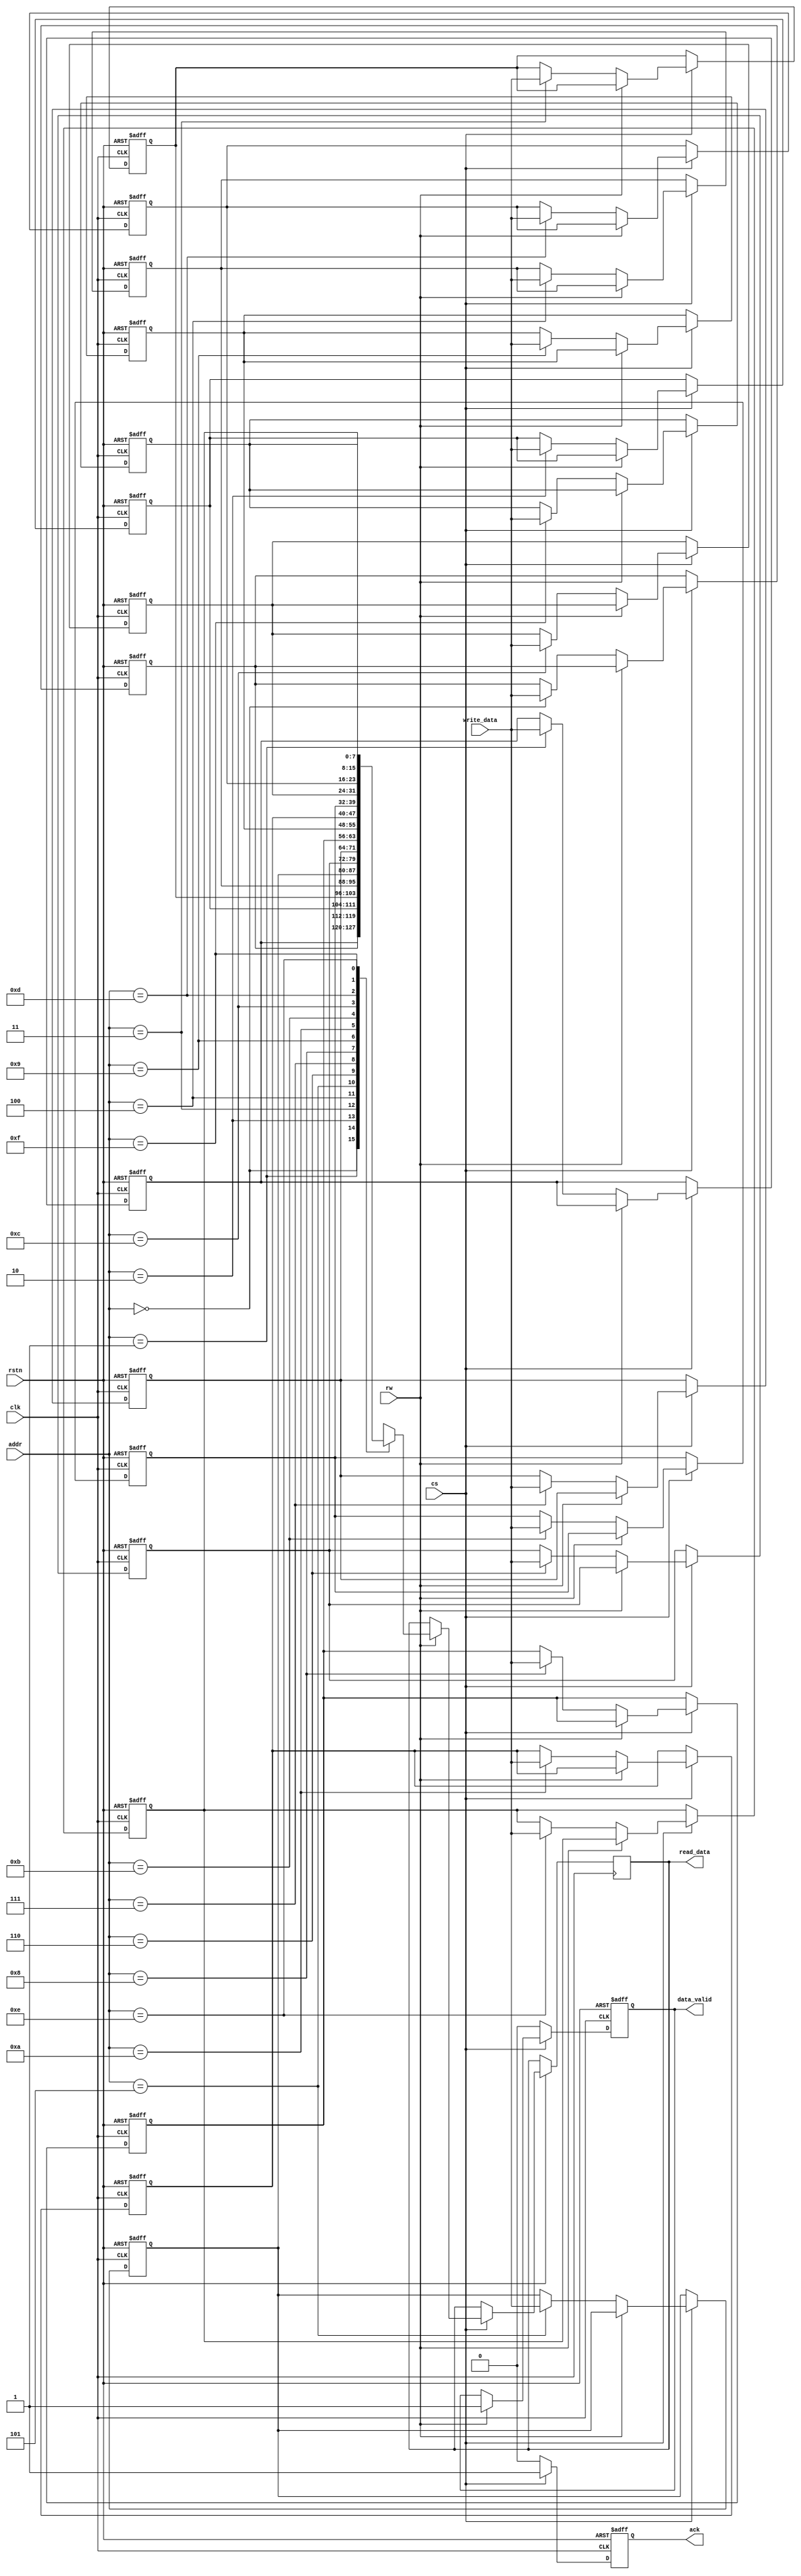
module SharedMemory #(
    parameter ADDR_WIDTH = 4,  // Number of address bits (2^ADDR_WIDTH locations)
    parameter DATA_WIDTH = 8    // Width of data (in bits)
) (
    input wire clk,               // Clock signal
    input wire rstn,             // Active-low reset signal
    input wire [ADDR_WIDTH-1:0] addr,  // Address bus
    input wire [DATA_WIDTH-1:0] write_data, // Data bus for writing
    input wire rw,               // Read/Write enable (1 = read, 0 = write)
    input wire cs,               // Chip Select
    output reg [DATA_WIDTH-1:0] read_data, // Data bus for reading
    output reg data_valid,       // Data valid signal
    output reg ack               // Acknowledgment signal
);

    // Memory array
    reg [DATA_WIDTH-1:0] memory [(1 << ADDR_WIDTH) - 1:0];
    
    // Arbitration control
    reg [3:0] request; // You can specify the number of I/O blocks
    reg [3:0] grant;   // Grant line for round-robin arbitration

    // Reset logic for memory initialization
    integer i;
    always @(posedge clk or negedge rstn) begin
        if (!rstn) begin
            // Initialize memory to zero on reset
            for (i = 0; i < (1 << ADDR_WIDTH); i = i + 1) begin
                memory[i] <= {DATA_WIDTH{1'b0}};
            end
            data_valid <= 1'b0;
            ack <= 1'b0;
        end else begin
            // Reset acknowledgment
            ack <= 1'b0;

            // Check Chip Select and perform read/write operations
            if (cs) begin
                if (!rw) begin
                    // Write operation
                    memory[addr] <= write_data;
                    ack <= 1'b1; // Acknowledge write
                end else begin
                    // Read operation
                    read_data <= memory[addr];
                    data_valid <= 1'b1; // Data is valid
                    ack <= 1'b1; // Acknowledge read
                end
            end else begin
                data_valid <= 1'b0; // Invalidate data if CS is inactive
            end
        end
    end

    // Optional: Implementing a basic round-robin arbitration scheme
    always @(posedge clk or negedge rstn) begin
        if (!rstn) begin
            grant <= 4'b0000; // Reset grant
        end else begin
            // Simple round-robin logic for grant
            grant <= {grant[2:0], grant[3]}; // Shift grant line
        end
    end

endmodule